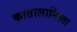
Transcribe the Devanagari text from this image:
कातालानिस्ता